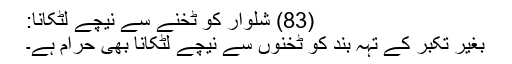
(83) شلوار کو ٹخنے سے نیچے لٹکانا:
بغیر تکبر کے تہہ بند کو ٹخنوں سے نیچے لٹکانا بھی حرام ہے۔